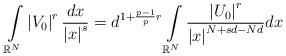
LaTeX: \begin{align*}\int\limits_{\mathbb{R}^{N}}\left\vert V_{0}\right\vert ^{r}\frac{dx}{\left\vert x\right\vert ^{s}}=d^{1+\frac{p-1}{p}r}\int\limits_{\mathbb{R}^{N}}\frac{\left\vert U_{0}\right\vert ^{r}}{\left\vert x\right\vert^{N+sd-Nd}}dx\end{align*}